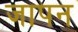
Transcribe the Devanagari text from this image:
जापन